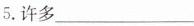
5.许多___